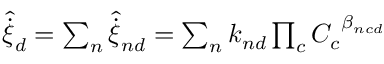
\begin{array} { r } { { \hat { \dot { \xi } } } _ { d } = \sum _ { n } { \hat { \dot { \xi } } } _ { n d } = \sum _ { n } k _ { n d } \prod _ { c } { C _ { c } } ^ { \beta _ { n c d } } } \end{array}